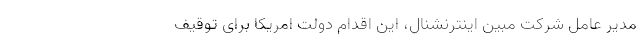
مدیر عامل شرکت مبین اینترنشنال، این اقدام دولت امریکا برای توقیف